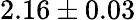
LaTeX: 2.16\pm 0.03